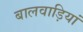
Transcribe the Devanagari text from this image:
बालवाड़ियां